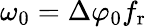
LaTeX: \omega_{0}=\Delta\varphi_{0}f_{\mathrm{r}}